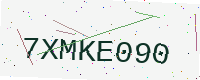
Text: 7XMKE090